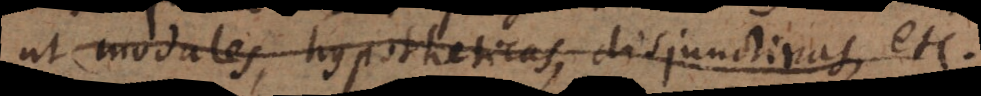
et modales, hypotheticae, disjunctivae,